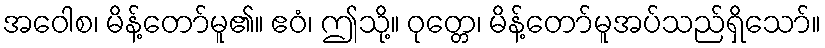
အဝေါစ၊ မိန့်တော်မူ၏။ ဧဝံ၊ ဤသို့။ ဝုတ္တေ၊ မိန့်တော်မူအပ်သည်ရှိသော်။